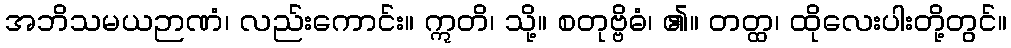
အဘိသမယဉာဏံ၊ လည်းကောင်း။ ဣတိ၊ သို့။ စတုဗ္ဗိဓံ၊ ၏။ တတ္ထ၊ ထိုလေးပါးတို့တွင်။